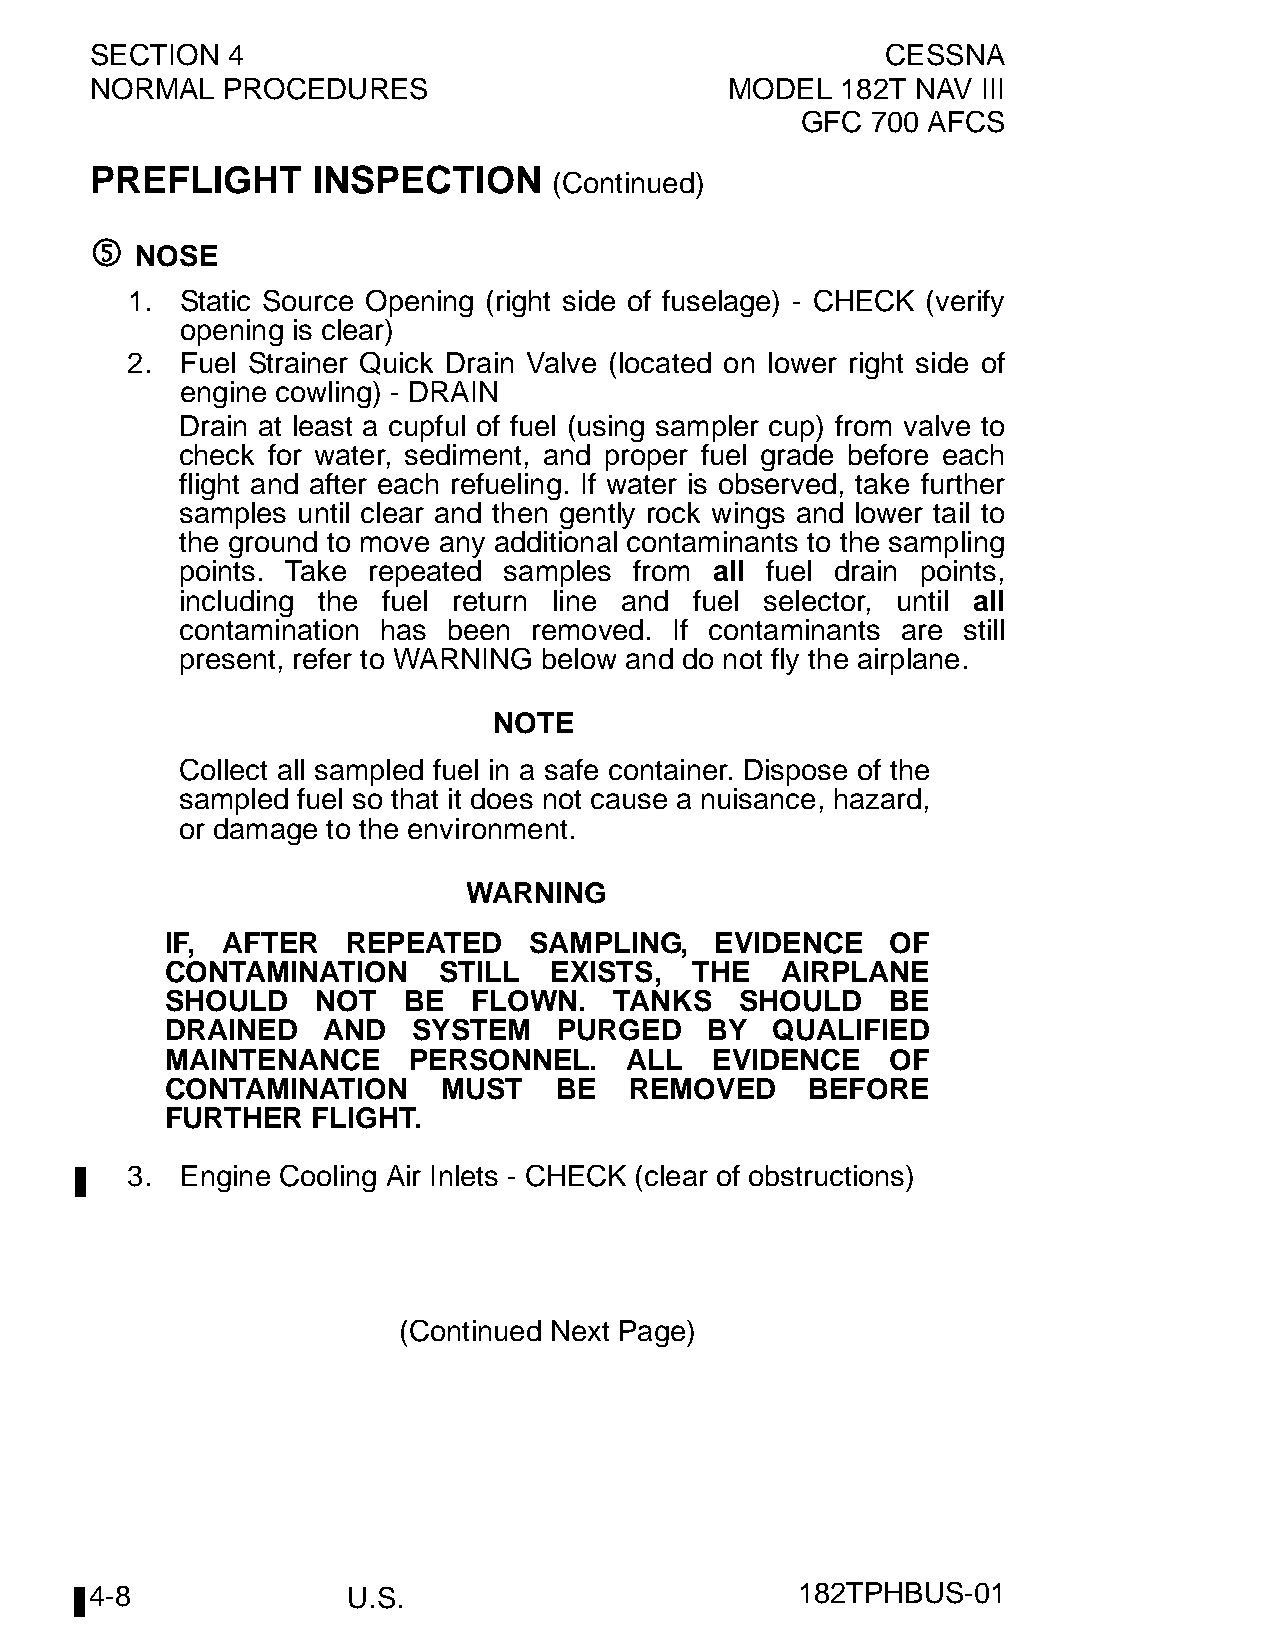
SECTION  4                                           CESSNA
 NORMAL   PROCEDURES                       MODEL   182T NAV III
 GFC  700 AFCS
 PREFLIGHT      INSPECTION
 (Continued)
 5
 NOSE
 1.  Static Source Opening (right side of fuselage) - CHECK (verify
 opening is clear)
 2.  Fuel Strainer Quick Drain Valve (located on lower right side of
 engine cowling) - DRAIN
 Drain at least a cupful of fuel (using sampler cup) from valve to
 check for water, sediment, and proper fuel grade before each
 flight and after each refueling. If water is observed, take further
 samples until clear and then gently rock wings and lower tail to
 the ground to move any additional contaminants to the sampling
 points. Take repeated samples from all fuel drain points,
 including the fuel return line and fuel selector, until all
 contamination has been removed.  If contaminants are still
 present, refer to WARNING below and do not fly the airplane.
 NOTE
 Collect all sampled fuel in a safe container. Dispose of the
 sampled fuel so that it does not cause a nuisance, hazard,
 or damage to the environment.
 WARNING
 IF, AFTER   REPEATED    SAMPLING,   EVIDENCE    OF
 CONTAMINATION     STILL  EXISTS,   THE   AIRPLANE
 SHOULD    NOT   BE  FLOWN.    TANKS   SHOULD    BE
 DRAINED   AND   SYSTEM    PURGED    BY  QUALIFIED
 MAINTENANCE     PERSONNEL.     ALL  EVIDENCE    OF
 CONTAMINATION     MUST    BE   REMOVED     BEFORE
 FURTHER   FLIGHT.
 3.  Engine Cooling Air Inlets - CHECK (clear of obstructions)
 (Continued Next Page)
 4-8              U.S.                          182TPHBUS-01